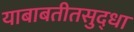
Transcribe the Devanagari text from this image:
याबाबतीतसुद्‌धा